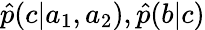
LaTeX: \hat{p}(c|a_{1},a_{2}),\hat{p}(b|c)